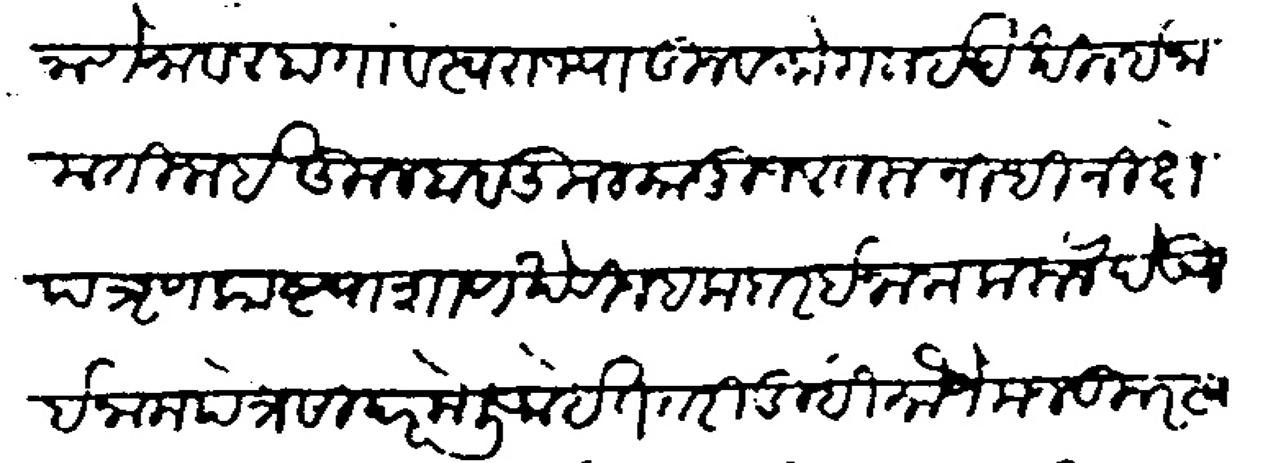
Transliteration (Devanagari): नाणे मावल हा गाव स्वराज्यातून व मोगलाई देखील ईनाम तीजाई कुलबाब कुल कानू जल तरु निधी निक्षेप त्रृण काष्टपाषाण खेरीज हकदार ईनाम करून देऊन ईनामपत्रे सादर केली आहेत तरी तुम्ही मौजे मजकूर स्वराज्यातून